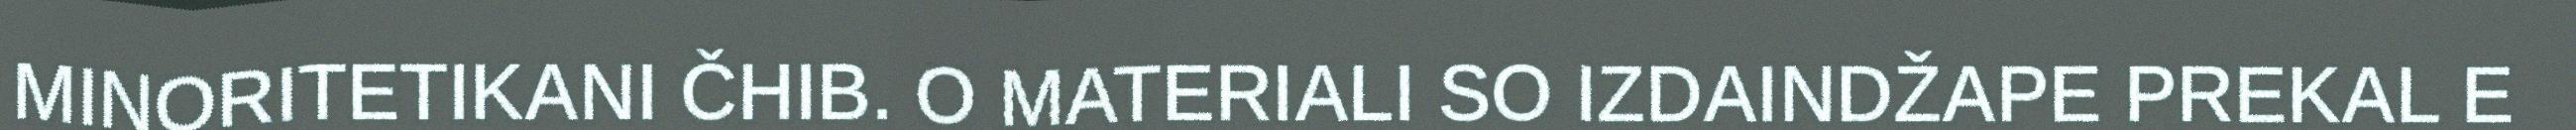
MINORITETIKANI ČHIB. O MATERIALI SO IZDAINDŽAPE PREKAL E